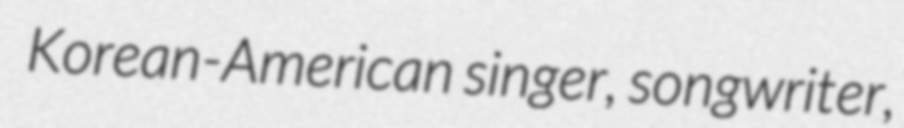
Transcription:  Korean-American singer, songwriter,